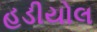
હડીયોલ